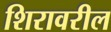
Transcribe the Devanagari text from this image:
शिरावरील